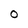
Character: 0